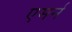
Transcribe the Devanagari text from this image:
एमर्न